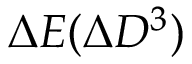
\Delta E ( \Delta D ^ { 3 } )